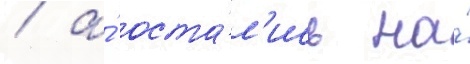
/ а́ оста́л'ись на́